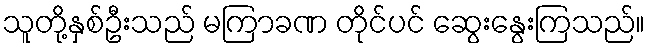
သူတို့နှစ်ဦးသည် မကြာခဏ တိုင်ပင် ဆွေးနွေးကြသည်။